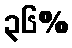
၃၆%